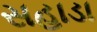
સહાડા